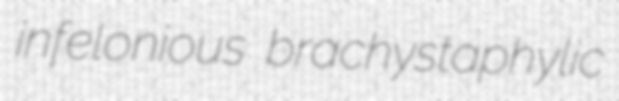
infelonious brachystaphylic